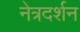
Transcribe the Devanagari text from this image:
नेत्रदर्शन